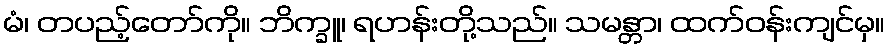
မံ၊ တပည့်တော်ကို။ ဘိက္ခူ၊ ရဟန်းတို့သည်။ သမန္တာ၊ ထက်ဝန်းကျင်မှ။